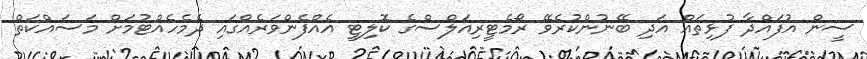
ސީން އުފައްދާ ފުޅިތައް އަދި ބޭނުންކުރެވޭ ރޯމެޓީރިއަލްސްގެ ކޮލިޓީ އެއްފެންވަރެއްގައި ދެމެހެއްޓުމަށް މަސައްކަތް